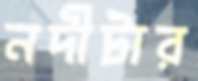
নদীটার